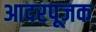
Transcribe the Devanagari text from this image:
आदरपूजक